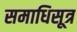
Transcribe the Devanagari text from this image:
समाधिसूत्र